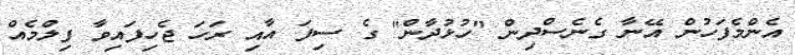
އެންމެފަހުން އޭނާ ގެނެސްދިން "ހުޅުދާން" ގެ ސިފަ އާއި ރަހަ ޖެހިފައިވާ ފިލްމެއް